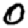
Digit: 0